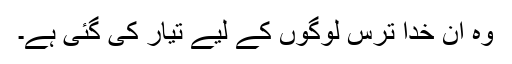
وہ ان خدا ترس لوگوں کے لیے تیار کی گئی ہے۔